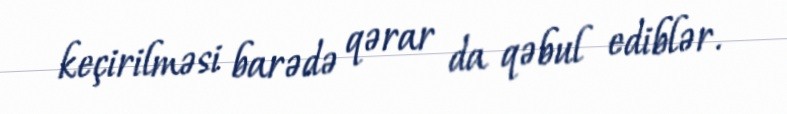
keçirilməsi barədə qərar da qəbul ediblər.